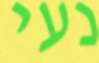
נעי